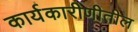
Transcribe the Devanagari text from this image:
कार्यकारीणीतील